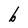
Character: b